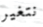
نتغير